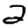
Digit: 2